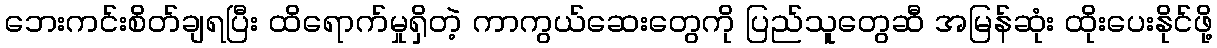
ဘေးကင်းစိတ်ချရပြီး ထိရောက်မှုရှိတဲ့ ကာကွယ်ဆေးတွေကို ပြည်သူတွေဆီ အမြန်ဆုံး ထိုးပေးနိုင်ဖို့